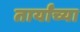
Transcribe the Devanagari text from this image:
तार्यांच्या